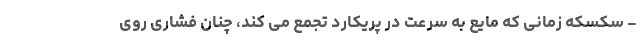
- سکسکه زمانی که مایع به سرعت در پریکارد تجمع می کند، چنان فشاری روی